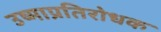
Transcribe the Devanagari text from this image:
उष्माप्रतिरोधक